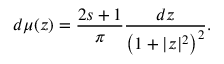
d \mu ( z ) = \frac { 2 s + 1 } { \pi } \frac { d z } { \left( 1 + | z | ^ { 2 } \right) ^ { 2 } } .